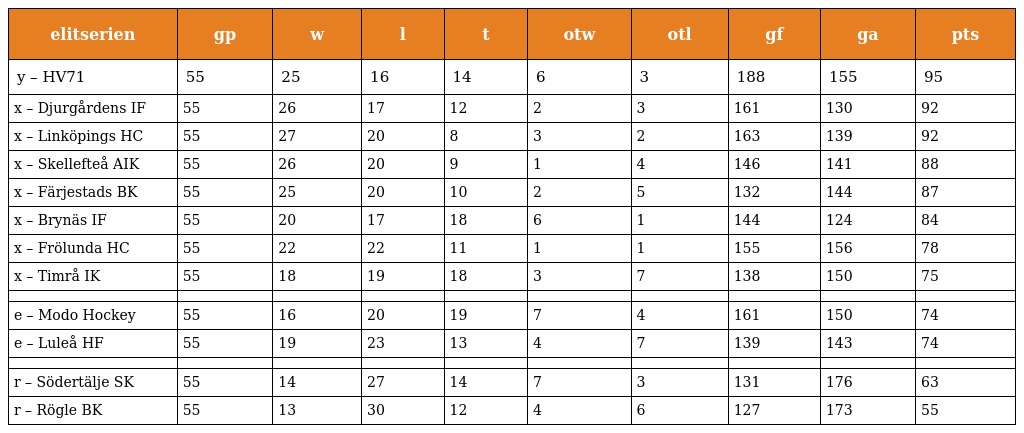
| elitserien | gp | w | l | t | otw | otl | gf | ga | pts |
 | --- | --- | --- | --- | --- | --- | --- | --- | --- | --- |
 | y – HV71 | 55 | 25 | 16 | 14 | 6 | 3 | 188 | 155 | 95 |
 | x – Djurgårdens IF | 55 | 26 | 17 | 12 | 2 | 3 | 161 | 130 | 92 |
 | x – Linköpings HC | 55 | 27 | 20 | 8 | 3 | 2 | 163 | 139 | 92 |
 | x – Skellefteå AIK | 55 | 26 | 20 | 9 | 1 | 4 | 146 | 141 | 88 |
 | x – Färjestads BK | 55 | 25 | 20 | 10 | 2 | 5 | 132 | 144 | 87 |
 | x – Brynäs IF | 55 | 20 | 17 | 18 | 6 | 1 | 144 | 124 | 84 |
 | x – Frölunda HC | 55 | 22 | 22 | 11 | 1 | 1 | 155 | 156 | 78 |
 | x – Timrå IK | 55 | 18 | 19 | 18 | 3 | 7 | 138 | 150 | 75 |
 |  |  |  |  |  |  |  |  |  |  |
 | e – Modo Hockey | 55 | 16 | 20 | 19 | 7 | 4 | 161 | 150 | 74 |
 | e – Luleå HF | 55 | 19 | 23 | 13 | 4 | 7 | 139 | 143 | 74 |
 |  |  |  |  |  |  |  |  |  |  |
 | r – Södertälje SK | 55 | 14 | 27 | 14 | 7 | 3 | 131 | 176 | 63 |
 | r – Rögle BK | 55 | 13 | 30 | 12 | 4 | 6 | 127 | 173 | 55 |